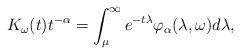
LaTeX: \begin{align*}K_\omega(t)t^{-\alpha}=\int_{\mu}^{\infty} e^{-t\lambda} \varphi_\alpha (\lambda,\omega)d\lambda,\end{align*}